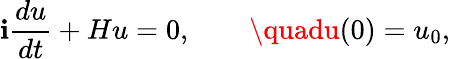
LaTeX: \mathbf{i}\frac{{du}}{{dt}}+Hu=0,\qquad\quadu(0)=u_{0},